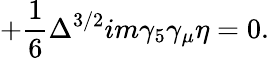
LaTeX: +\frac{1}{6}\Delta^{3/2}im\gamma_{5}\gamma_{\mu}\eta=0.